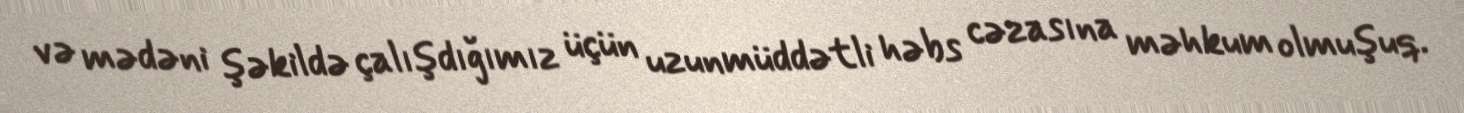
və mədəni şəkildə çalışdığımız üçün uzunmüddətli həbs cəzasına məhkum olmuşuq.